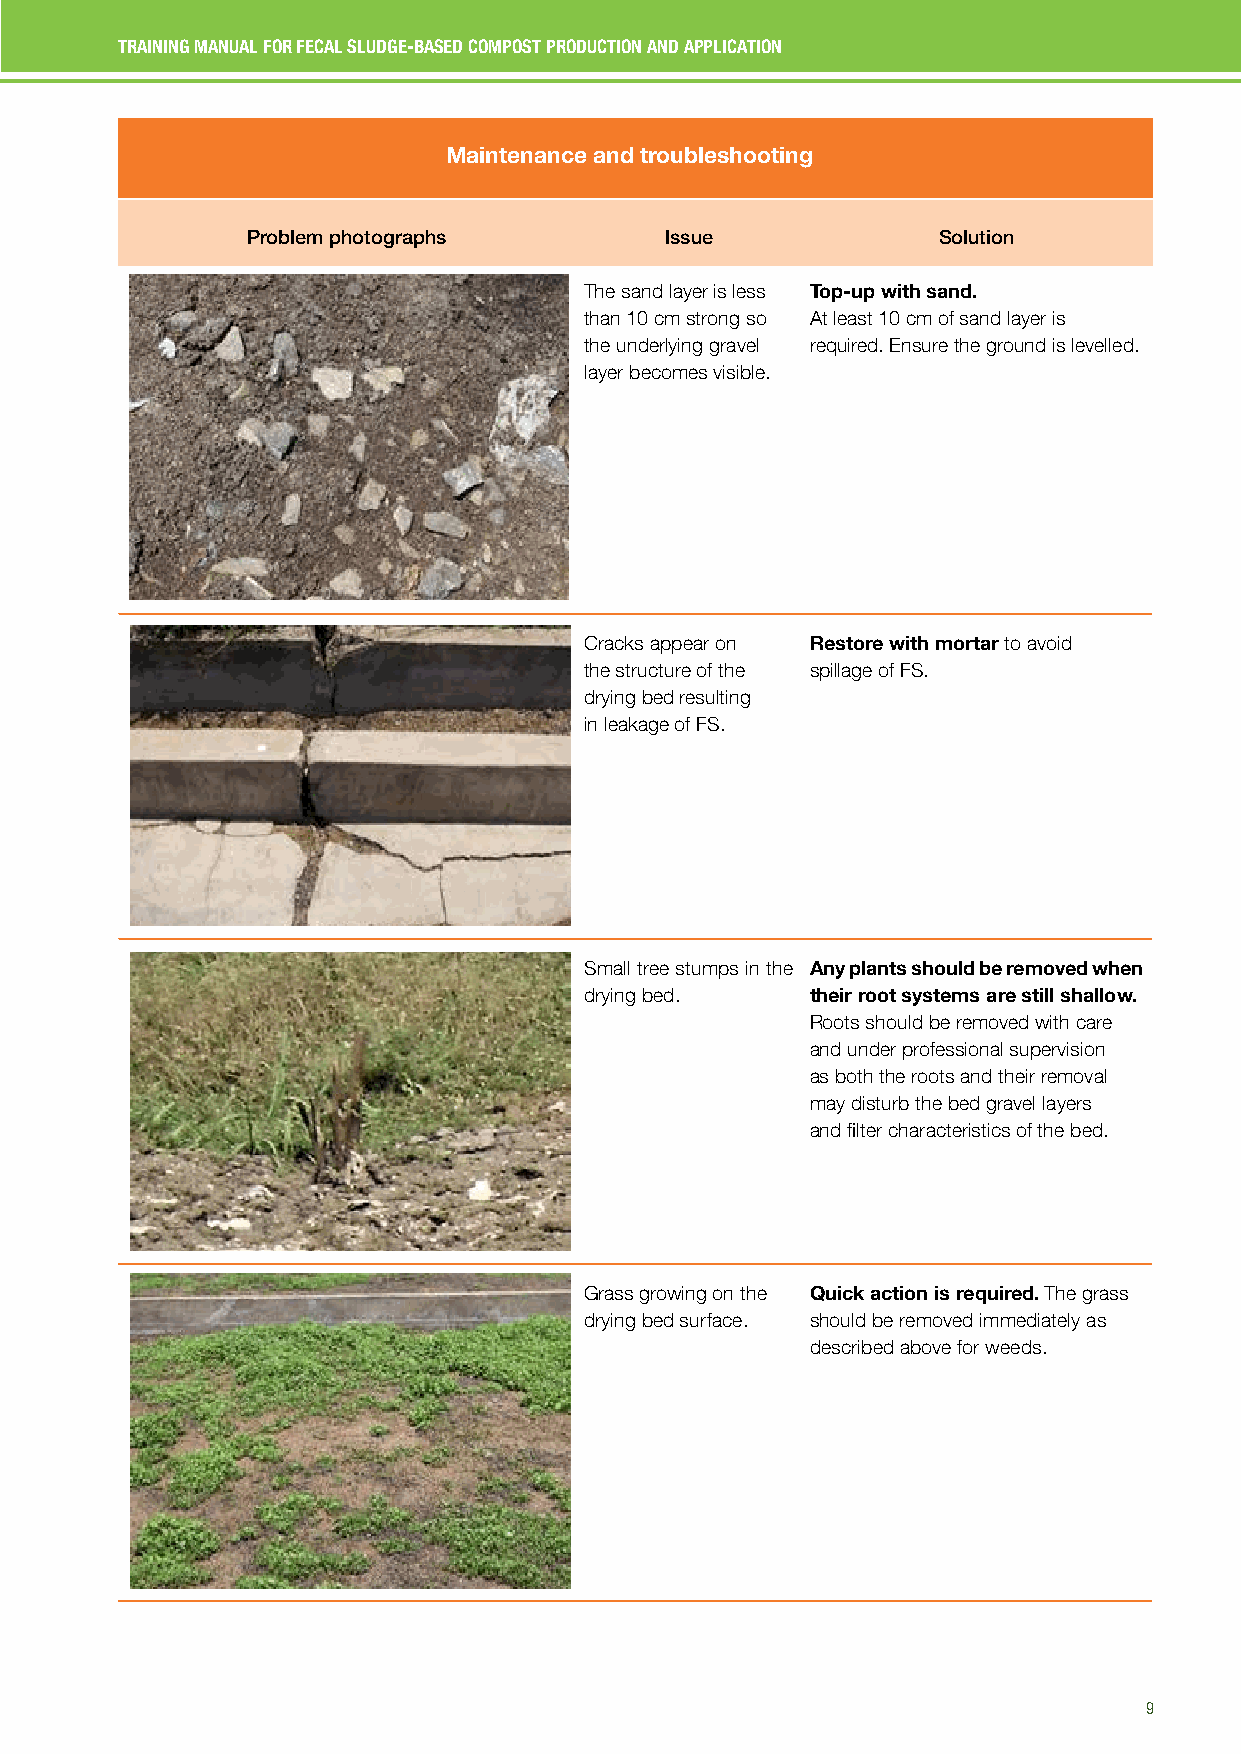
TRAINING MANUAL FOR FECAL SLUDGE-BASED COMPOST PRODUCTION AND APPLICATION
 Maintenance and troubleshooting
 Problem photographs         Issue             Solution
 The sand layer is less Top-up with sand.
 than 10 cm strong so At least 10 cm of sand layer is
 the underlying gravel required. Ensure the ground is levelled.
 layer becomes visible.
 Cracks appear on Restore with mortar to avoid
 the structure of the spillage of FS.
 drying bed resulting
 in leakage of FS.
 Small tree stumps in the Any plants should be removed when
 drying bed.    their root systems are still shallow.
 Roots should be removed with care
 and under professional supervision
 as both the roots and their removal
 may disturb the bed gravel layers
 and filter characteristics of the bed.
 Grass growing on the Quick action is required. The grass
 drying bed surface. should be removed immediately as
 described above for weeds.
 9